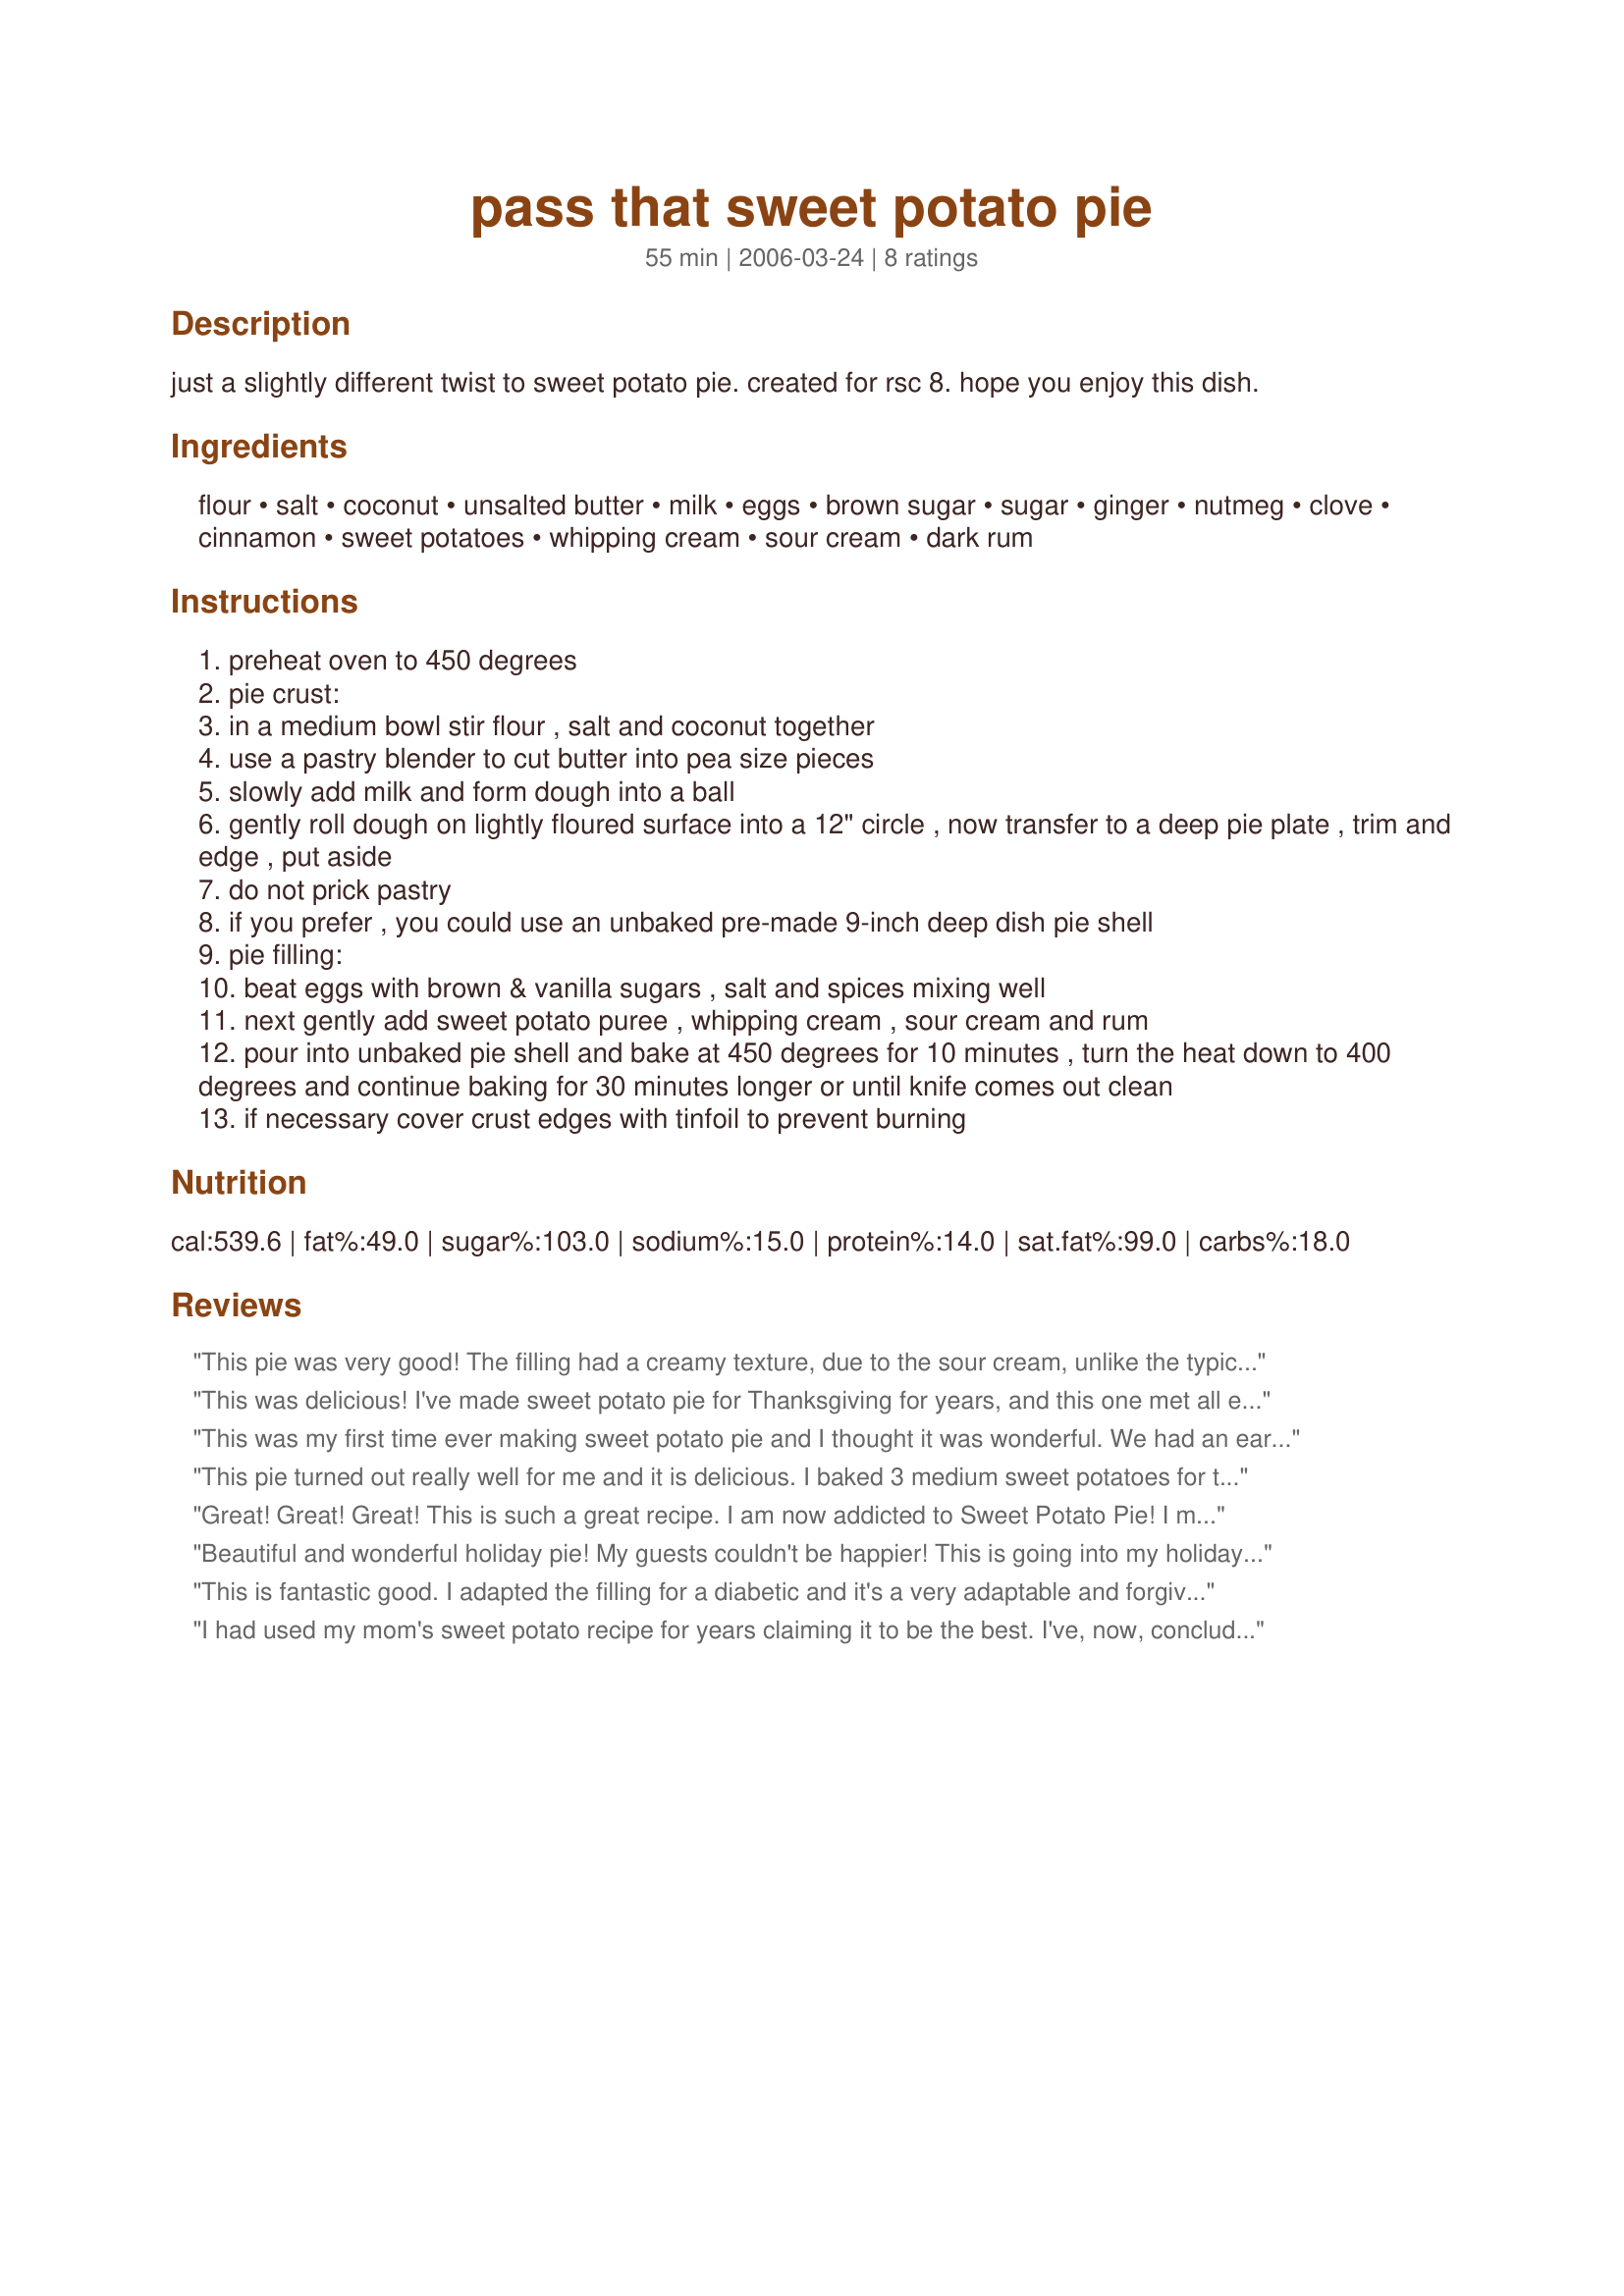
pass that sweet potato pie
Preparation time: 55 minutes

just a slightly different twist to sweet potato pie. created for rsc 8. hope you enjoy this dish.

Ingredients:
flour, salt, coconut, unsalted butter, milk, eggs, brown sugar, sugar, ginger, nutmeg, clove, cinnamon, sweet potatoes, whipping cream, sour cream, dark rum

Steps:
preheat oven to 450 degrees
pie crust:
in a medium bowl stir flour , salt and coconut together
use a pastry blender to cut butter into pea size pieces
slowly add milk and form dough into a ball
gently roll dough on lightly floured surface into a 12" circle , now transfer to a deep pie plate , trim and edge , put aside
do not prick pastry
if you prefer , you could use an unbaked pre-made 9-inch deep dish pie shell
pie filling:
beat eggs with brown & vanilla sugars , salt and spices mixing well
next gently add sweet potato puree , whipping cream , sour cream and rum
pour into unbaked pie shell and bake at 450 degrees for 10 minutes , turn the heat down to 400 degrees and continue baking for 30 minutes longer or until knife comes out clean
if necessary cover crust edges with tinfoil to prevent burning

Reviews:
This pie was very good! The filling had a creamy texture, due to the sour cream, unlike the typical custard texture of pumpkin/sweet potato pie. The filling also had a nice blend of spices and, the rum gave it a flavor blast of the "islands". The only complaint that I had with this recipe, was the crust. The crust was a little tough and wasn't tender or flaky at all. I'm sure this was due to the use of butter instead of shortening. I liked the coconut in the crust, however, the coconut in the fluted edge that wasn't covered by the filling, turned dark (almost black) in color. My nice, lightly brown crust had black flecks all around the rim. I would definitely make this pie again but, I would take the butter out and use shortening. The filling rated 5*s but, the crust was 3*s. I compromised and gave the entire recipe 4*s.
This was delicious! I've made sweet potato pie for Thanksgiving for years, and this one met all expectations. Everyone enjoyed....one person noticed it wasn't my usual recipe. Mentioned the spices were more intense in this pie. I thought it was fabulous with whipped cream! Made for For Your Consideration tag game.
This was my first time ever making sweet potato pie and I thought it was wonderful. We had an early Christmas celebration with some relatives tonight and everyone loved it. I loved the texture and flavor of this pie. I'm not a big sweet potato fan, but this pie makes me more of one! Thanks for sharing.
This pie turned out really well for me and it is delicious. I baked 3 medium sweet potatoes for the puree. I didn't have whipping cream (my bad) so I used 3/4 cup half and half. I cooked the pie at 375-400 degrees the entire time as my oven cooks hot and I cooked the pie for 35 minutes. Came out perfectly.
Great! Great! Great! This is such a great recipe. I am now addicted to Sweet Potato Pie! I make this up as two pies. I use two 9" disposable tin pie plates. Then I can give one away and not eat it all myself! I double the pastry recipe but leave the filling the same. It works out beautifully.
Beautiful and wonderful holiday pie! My guests couldn't be happier! This is going into my holiday list of must-make pies. Thanks, Baby Kato! Made for <b>Photo Tag</b>.
This is fantastic good. I adapted the filling for a diabetic and it's a very adaptable and forgiving recipe. I made just the filling and in a 1/2 pie amount using 1/8 cup of Splenda Brown Sugar and regular Splenda for the white sugar, 1/4 cup of EggBeaters. I used fat free evaporated milk for the whipping cream and low fat sour cream with 1/2 to 3/4 tsp of rum extract (I didn't measure that exactly). I baked it it @ 350 for about 45 mins and YUMMM. You have a wonderful creation BK. I wanted to take pix for you but my neighbors were here and as they are both diabetic also ....well, I had to share *sigh*. I'll make this again and be sure to take a pic or 3. I might add that the neighbors left with my adapted recipe.
I had used my mom's sweet potato recipe for years claiming it to be the best. I've, now, concluded this recipe near perfection. Oops, did I just reveal my disloyalty to the entire world wide web? Made for A-NZ #47.
